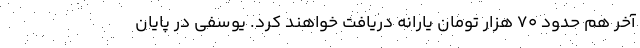
آخر هم حدود ۷۰ هزار تومان یارانه دریافت خواهند کرد. یوسفی در پایان